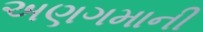
અણગમાની